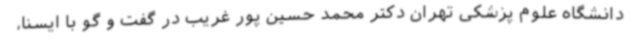
دانشگاه علوم پزشکی تهران دکتر محمد حسین پور غریب در گفت و گو با ایسنا،